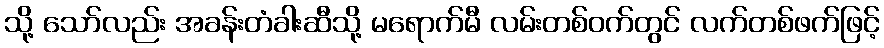
သို့ သော်လည်း အခန်းတံခါးဆီသို့ မရောက်မီ လမ်းတစ်ဝက်တွင် လက်တစ်ဖက်ဖြင့်